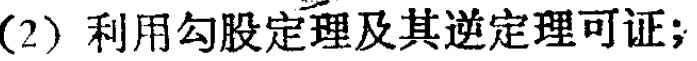
(2) 利用勾股定理及其逆定理可证；